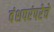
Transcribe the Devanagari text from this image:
वंशपरंपरेचे